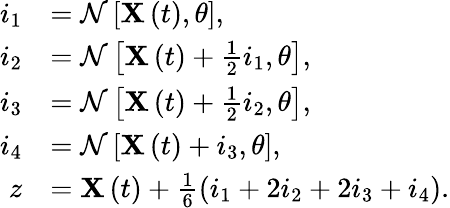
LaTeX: \begin{array}{rl}{i_{1}}&{=\mathcal{N}\left[\mathbf{X}\left(t\right),\theta\right],}\\ {i_{2}}&{=\mathcal{N}\left[\mathbf{X}\left(t\right)+\frac{1}{2}i_{1},\theta\right],}\\ {i_{3}}&{=\mathcal{N}\left[\mathbf{X}\left(t\right)+\frac{1}{2}i_{2},\theta\right],}\\ {i_{4}}&{=\mathcal{N}\left[\mathbf{X}\left(t\right)+i_{3},\theta\right],}\\ {z}&{=\mathbf{X}\left(t\right)+\frac{1}{6}\left(i_{1}+2i_{2}+2i_{3}+i_{4}\right).}\end{array}